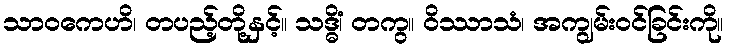
သာဝကေဟိ၊ တပည့်တို့နှင့်။ သဒ္ဓိံ၊ တကွ။ ဝိဿာသံ၊ အကျွမ်းဝင်ခြင်းကို။